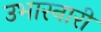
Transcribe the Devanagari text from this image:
उभारनारी